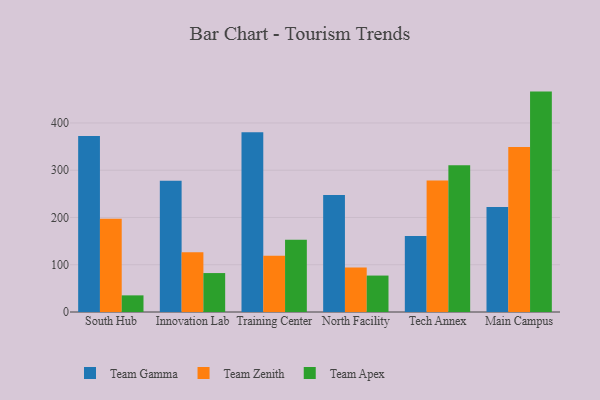
{"axis": {"x": "Campus", "y": "Budget (USD K)"}, "legend": ["Team Apex", "Team Gamma", "Team Zenith"], "data": [{"x": "South Hub", "y": 372.7, "type": "Team Gamma"}, {"x": "South Hub", "y": 197.4, "type": "Team Zenith"}, {"x": "South Hub", "y": 35.2, "type": "Team Apex"}, {"x": "Innovation Lab", "y": 277.7, "type": "Team Gamma"}, {"x": "Innovation Lab", "y": 126.4, "type": "Team Zenith"}, {"x": "Innovation Lab", "y": 82.4, "type": "Team Apex"}, {"x": "Training Center", "y": 380.5, "type": "Team Gamma"}, {"x": "Training Center", "y": 119.1, "type": "Team Zenith"}, {"x": "Training Center", "y": 152.7, "type": "Team Apex"}, {"x": "North Facility", "y": 247.4, "type": "Team Gamma"}, {"x": "North Facility", "y": 94.2, "type": "Team Zenith"}, {"x": "North Facility", "y": 77.1, "type": "Team Apex"}, {"x": "Tech Annex", "y": 160.6, "type": "Team Gamma"}, {"x": "Tech Annex", "y": 278.4, "type": "Team Zenith"}, {"x": "Tech Annex", "y": 310.4, "type": "Team Apex"}, {"x": "Main Campus", "y": 222.0, "type": "Team Gamma"}, {"x": "Main Campus", "y": 349.0, "type": "Team Zenith"}, {"x": "Main Campus", "y": 466.4, "type": "Team Apex"}]}